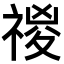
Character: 𥚾